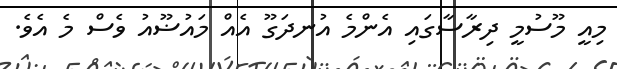
މިއީ މޫސުމީ ދިރާސާގައި އެންމެ އުނދަގޫ އެއް މައުޟޫއު ވެސް މެ އެވެ.